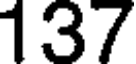
137